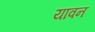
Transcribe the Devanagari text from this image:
यावन